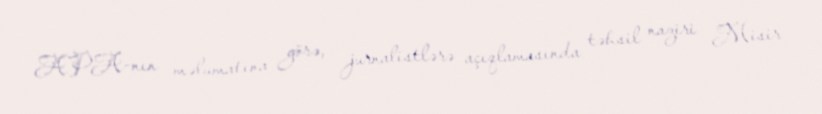
APA-nın məlumatına görə, jurnalistlərə açıqlamasında təhsil naziri Misir